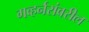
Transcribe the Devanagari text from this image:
गव्हर्नरांवरील